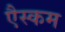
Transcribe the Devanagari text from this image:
एैस्कम